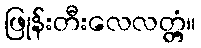
ဖြုန်းတီးလေလတ္တံ့။